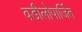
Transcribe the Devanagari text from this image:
वडीलोपार्जित